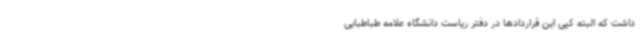
داشت که البته کپی این قراردادها در دفتر ریاست دانشگاه علامه طباطبایی